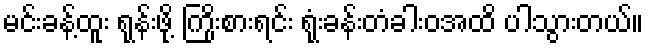
မင်းခန့်ထူး ရုန်းဖို့ ကြိုးစားရင်း ရုံးခန်းတံခါးဝအထိ ပါသွားတယ်။